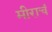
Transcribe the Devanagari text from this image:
मीराचं